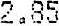
2.85